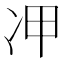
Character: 𠖹